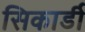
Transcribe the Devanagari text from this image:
सिकार्डी